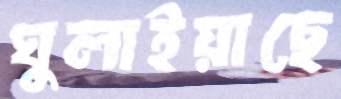
ঘুলাইয়াছে